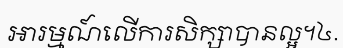
អារម្មណ៍លើការសិក្សាបានល្អ។៤.